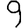
Digit: 9